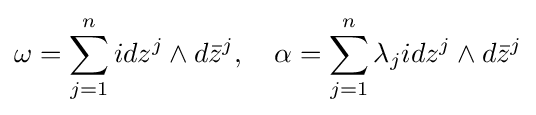
\omega =\sum _{j=1}^{n}idz^{j}\wedge d{\bar {z}}^{j},\quad \alpha =\sum _{j=1}^{n}\lambda _{j}idz^{j}\wedge d{\bar {z}}^{j}